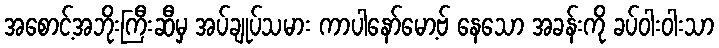
အစောင့်အဘိုးကြီးဆီမှ အပ်ချုပ်သမား ကာပါနော်မော့ဗ် နေသော အခန်းကို ခပ်ဝါးဝါးသာ